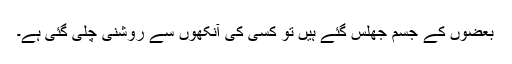
بعضوں کے جسم جھلس گئے ہیں تو کسی کی آنکھوں سے روشنی چلی گئی ہے۔